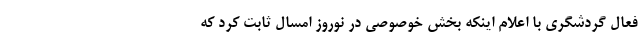
فعال گردشگری با اعلام اینکه بخش خوصوصی در نوروز امسال ثابت کرد که